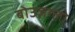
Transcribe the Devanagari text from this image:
बोउज़ग्लो